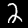
Digit: 2